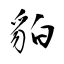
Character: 貃